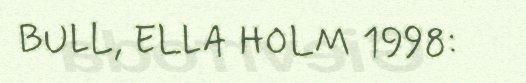
BULL, ELLA HOLM 1998: